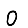
Digit: 0